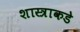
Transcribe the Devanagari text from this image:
शास्त्राकडे